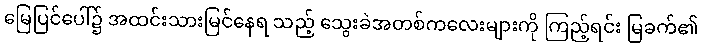
မြေပြင်ပေါ်၌ အထင်းသားမြင်နေရ သည့် သွေးခဲအတစ်ကလေးများကို ကြည့်ရင်း မြခက်၏